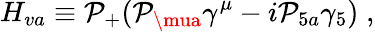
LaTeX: H_{va}\equiv\mathcal{P}_{+}(\mathcal{P}_{\mua}\gamma^{\mu}-i\mathcal{P}_{5a}\gamma_{5})\; ,